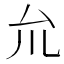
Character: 𠫝